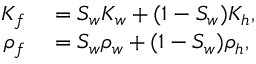
\begin{array} { r l } { K _ { f } } & { { } = S _ { w } K _ { w } + ( 1 - S _ { w } ) K _ { h } , } \\ { \rho _ { f } } & { { } = S _ { w } \rho _ { w } + ( 1 - S _ { w } ) \rho _ { h } , } \end{array}